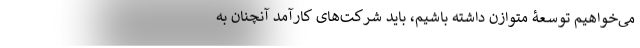
می‌خواهیم توسعۀ متوازن داشته باشیم، باید شرکت‌های کارآمد آنچنان به